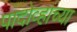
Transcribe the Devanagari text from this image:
पादोव्हाच्या